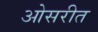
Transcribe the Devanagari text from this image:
ओसरीत